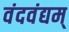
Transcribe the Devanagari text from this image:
वंदवंद्यम्